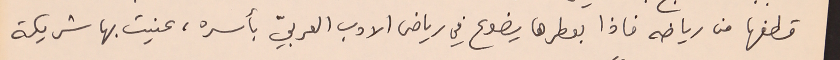
قطفها من رياضه فاذا بعطرها يضوع في رياض الادب العربيّ بأسره، عنيت بها شريكة